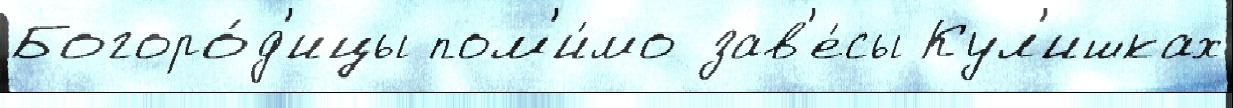
Богоро́д'ицы пом'и́мо зав'е́сы Кул'ишках